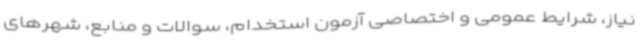
نیاز، شرایط عمومی و اختصاصی آزمون استخدام، سوالات و منابع، شهرهای